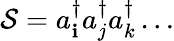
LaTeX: {\cal{S}}=a_{\mathbf{i}}^{\dagger}a_{j}^{\dagger}a_{k}^{\dagger}\ldots